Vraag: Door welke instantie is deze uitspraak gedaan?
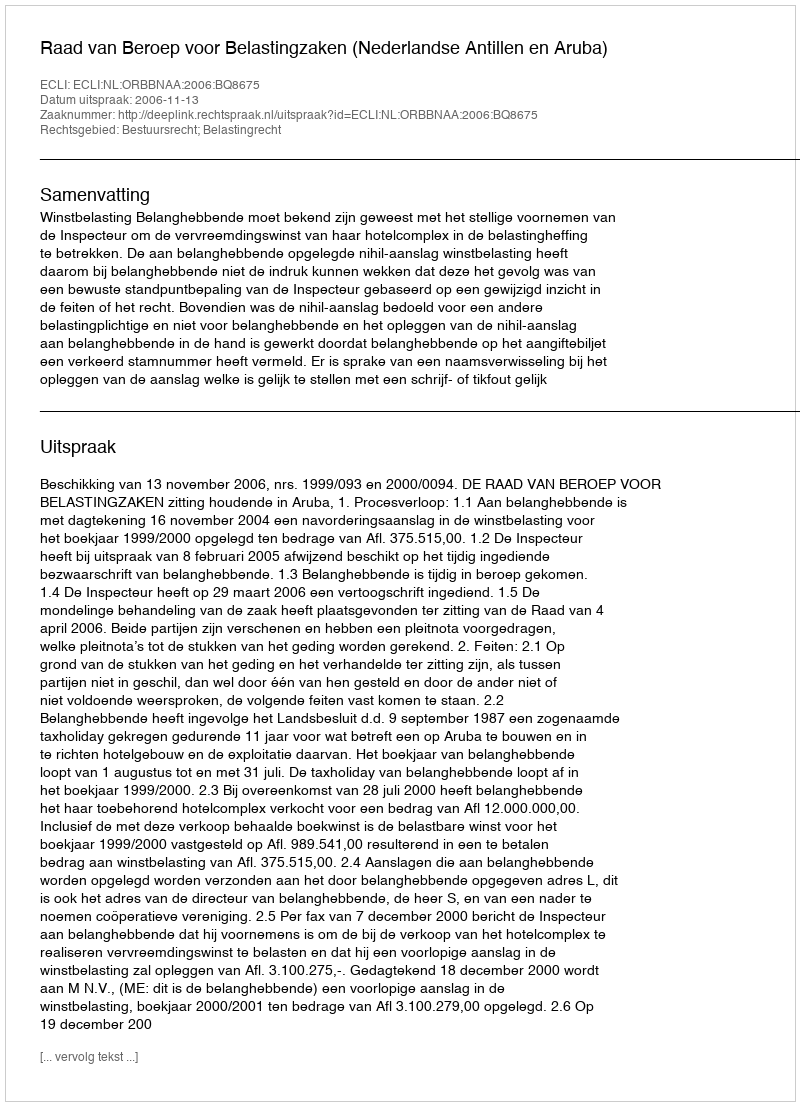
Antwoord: Raad van Beroep voor Belastingzaken (Nederlandse Antillen en Aruba)